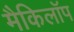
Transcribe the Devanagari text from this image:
मैकिलॉप